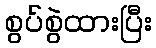
စွပ်စွဲထားပြီး